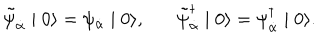
LaTeX: \tilde { \psi } _ { \dot { \alpha } } \mid 0 \rangle = \psi _ { \dot { \alpha } } \mid 0 \rangle , \tilde { \psi } _ { \dot { \alpha } } ^ { \dagger } \mid 0 \rangle = \psi _ { \dot { \alpha } } ^ { \dagger } \mid 0 \rangle .